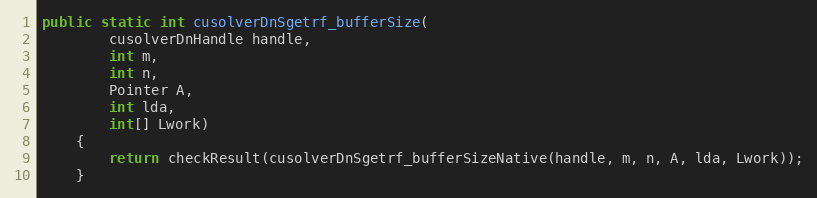
Language: Java
public static int cusolverDnSgetrf_bufferSize(
        cusolverDnHandle handle,
        int m,
        int n,
        Pointer A,
        int lda,
        int[] Lwork)
    {
        return checkResult(cusolverDnSgetrf_bufferSizeNative(handle, m, n, A, lda, Lwork));
    }